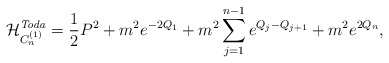
\begin{align*}\mathcal{H}_{C_{n}^{(1)}}^{\mathit{Toda}}={\frac{1}{2}}P^{2}+m^{2}e^{-2Q_{1}}+m^{2}\sum_{j=1}^{n-1}e^{Q_{j}-Q_{j+1}}+m^{2}e^{2Q_{n}},\end{align*}